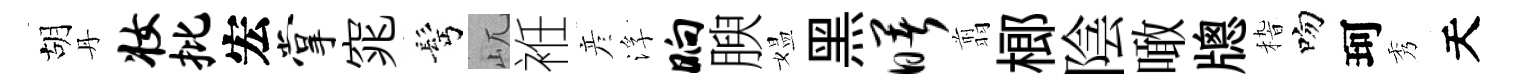
胡丹妆批宏掌窕髩屼袵彦浮晌腴媪黑曙翦榔陰噉牕𥟵吻珂秀天